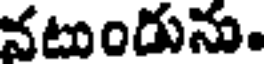
వటుందును.